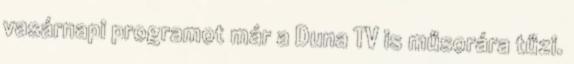
vasárnapi programot már a Duna TV is műsorára tűzi.